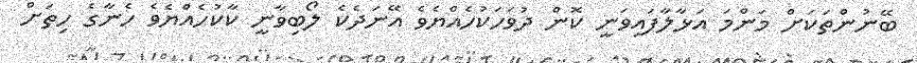
ބޭނުންތަކަށް މަންމަ އަޅާލާފައިވަނީ ކޮން ދުވަހަކުހެއްޔެވެ އޭނަދެކެ ލޯބިވާނީ ކާކުހެއްޔެވެ ހެނާގެ ހިތަށް